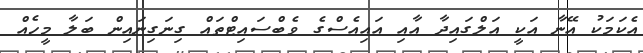
އެކަމަކު އޭނާ އަކީ އަލްގައިދާ އާއި އައިއެސްގެ ވެބްސައިޓްތައް ގިނަގިނައިން ބަލާ މީހެއް